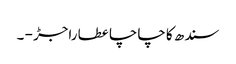
سندھ کا چاچا عطا راجڑ - ۔